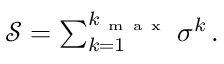
\begin{array} { r } { \mathcal { S } = \sum _ { k = 1 } ^ { k _ { \mathrm { ~ m ~ a ~ x ~ } } } \sigma ^ { k } \, . } \end{array}